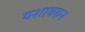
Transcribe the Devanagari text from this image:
यशावरुन